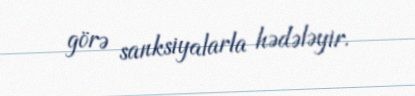
görə sanksiyalarla hədələyir.